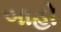
બાહો